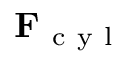
\mathbf { F } _ { \mathrm { ~ c ~ y ~ l ~ } }